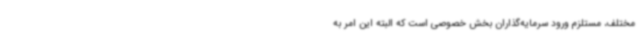
مختلف، مستلزم ورود سرمایه‌گذاران بخش خصوصی است که البته این امر به